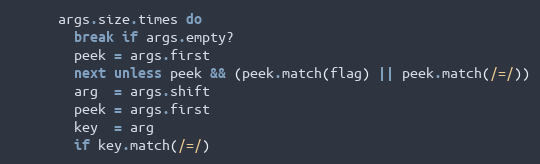
Language: Ruby
      args.size.times do
        break if args.empty?
        peek = args.first
        next unless peek && (peek.match(flag) || peek.match(/=/))
        arg  = args.shift
        peek = args.first
        key  = arg
        if key.match(/=/)